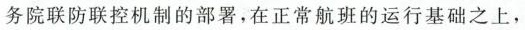
务院联防联控机制的部署，在正常航班的运行基础之上，